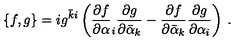
\{ f , g \} = i g ^ { \bar { k } i } \left( \frac { \partial f } { \partial \alpha } _ { i } \frac { \partial g } { \partial \bar { \alpha } _ { k } } - \frac { \partial f } { \partial \bar { \alpha } _ { k } } \frac { \partial g } { \partial \alpha _ { i } } \right) \: .